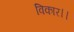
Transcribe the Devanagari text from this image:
विकार।।